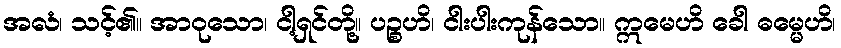
အလံ၊ သင့်၏။ အာဝုသော၊ ငါ့ရှင်တို့။ ပဉ္စဟိ၊ ငါးပါးကုန်သော။ ဣမေဟိ ခေါ ဓမ္မေဟိ၊